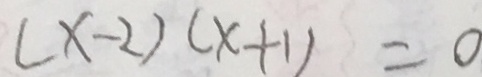
( x - 2 ) ( x + 1 ) = 0